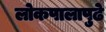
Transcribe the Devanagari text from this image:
लोकपालापुढे